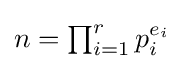
{\textstyle n=\prod _{i=1}^{r}p_{i}^{e_{i}}}